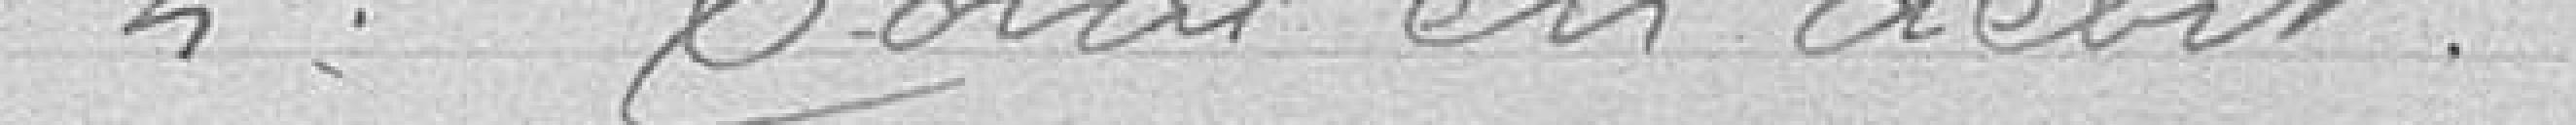
2° total en débit.....